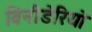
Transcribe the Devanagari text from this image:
विनीडेरियो